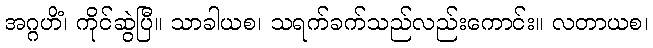
အဂ္ဂဟိံ၊ ကိုင်ဆွဲပြီ။ သာခါယစ၊ သရက်ခက်သည်လည်းကောင်း။ လတာယစ၊